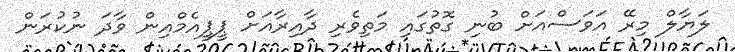
ލަޔާލް މިރޭ އަވަސްއަށް ބުނި ގޮތުގައި މަތިވެރި ދާއިރާއަށް ޕީޕީއެމްއިން ވާދަ ނުކުރަން